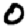
Digit: 0